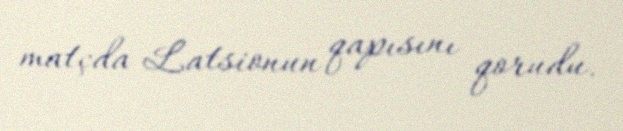
matçda Latsionun qapısını qorudu.